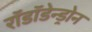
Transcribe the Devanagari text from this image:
रॉडॉडेन्ड्रोन